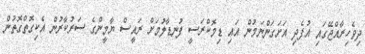
ދިވެހިރާއްޖޭގައި އުފެދި އަށަގަންނަމުން އައި ޑިމޮކްރަސީ ފުނޑާލުމަށް ރައީސް ޔާމީންގެ ސަރުކާރުން އެކިގޮތްގޮތުން